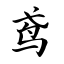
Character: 鸢